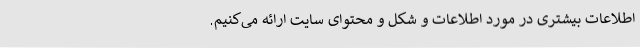
اطلاعات بیشتری در مورد اطلاعات و شکل و محتوای سایت ارائه می‌کنیم.